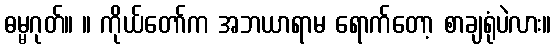
ဓမ္မဂုတ်။ ။ ကိုယ်တော်က အဘယာရာမ ရောက်တော့ စာချရုံပဲလား။